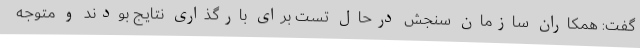
گفت: همکاران سازمان سنجش درحال تست برای بارگذاری نتایج بودند و متوجه